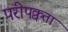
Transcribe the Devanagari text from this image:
परीपक्वता